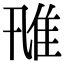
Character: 𨾑